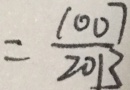
= \frac { 1 0 0 7 } { 2 0 1 3 }